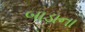
બાડાના